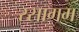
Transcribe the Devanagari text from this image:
रसागम